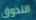
التذوق